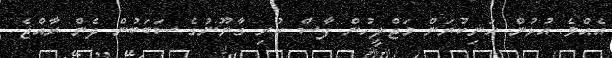
އެއްވެ އުޅުން ހަނިކުރަން މަޖްލީހުން ފާސް ކުރި ގާނޫނުގެ ސަބަބުން ދެން ރާއްޖެ